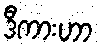
ဒီကားဟာ